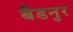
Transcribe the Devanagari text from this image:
बैडनुर